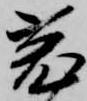
兎